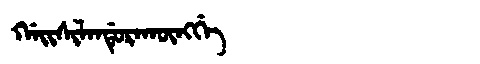
Manchu: ᡤᠠᡳᠰᡳᠯᠠᠨᡩᡠᡵᠠᡴᡡᠩᡤᡝ
Romanization: GAISILANDURAKŪNGGE